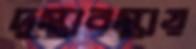
দুস্থাবস্থায়